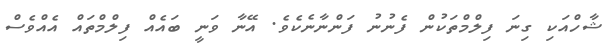
ޝާހްއަކި ގިނަ ފިލްމްތަކުން ފެނުނު ފަންނާނެކެވެ. އޭނާ ވަނީ ބައެއް ފިލްމްތައް އެއްވެސް